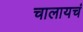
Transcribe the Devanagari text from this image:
चालायचं